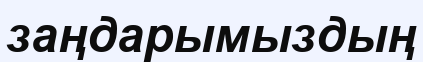
заңдарымыздың